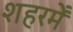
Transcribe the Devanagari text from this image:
शहरमेँ